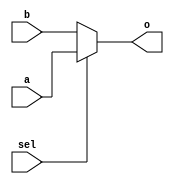
// file mux2.v

module mux2_5(sel,a,b,o);

	input wire sel;
	input wire [4:0] a,b;
	output [4:0] o;
	
	assign o = sel ? a : b;
	
endmodule